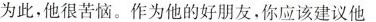
为此，他很苦恼。作为他的好朋友，你应该建议他